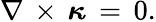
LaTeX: \nabla\, \times\, {\boldsymbol{\kappa}}\, =\, 0.